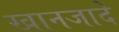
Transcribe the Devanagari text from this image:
खानजादे